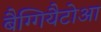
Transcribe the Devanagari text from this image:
बैग्गियैटोआ